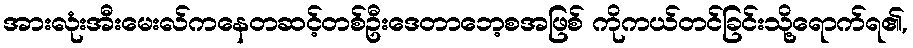
အားလုံးအီးမေးလ်ကနေတဆင့်တစ်ဦးဒေတာဘေ့စအဖြစ် ကိုကယ်တင်ခြင်းသို့ရောက်ရ၏,